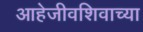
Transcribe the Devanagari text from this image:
आहेजीवशिवाच्या